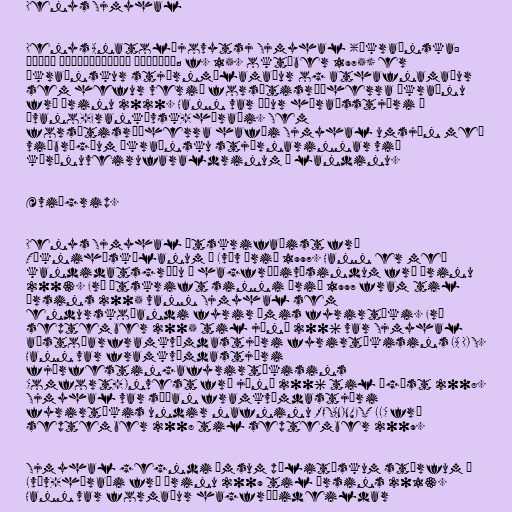
Denys Sjmyhal

Denys Anatolíjovytsj Sjmyhal (úkraínska:
Денис Анатолійович Шмигаль; f. 15. október 1975) er
úkraínskur stjórnmálamaður og athafnamaður
sem hefur verið forsætisráðherra Úkraínu
frá árinu 2020. Hann var áður héraðsstjóri í
Ívano-Frankívsk-héraði. Sem
forsætisráðherra hafði Sjmyhal umsjón með
viðbrögðum úkraínsku stjórnarinnar við
kórónuveirufaraldrinum í landinu.

Æviágrip.

Denys Sjmyhal útskrifaðist frá
Tækniháskólanum í Lvív árið 1997. Hann er með
kandidatsgráðu í hagfræðivísindum frá árinu
2003. Frá útskrift sinni árið 1997 fram til
ársins 2005 vann Sjmyhal sem
endurskoðandi fyrir ýmis fyrirtæki. Frá
september 2005 til júní 2006 var Sjmyhal
aðstoðarframkvæmdastjóri fyrirtækisins LA DIS.
Hann var framkvæmdastjóri
fjárfestingafyrirtækisins
Comfort-Invest frá júní 2006 til ágúst 2008.
Sjmyhal var síðan framkvæmdastjóri
fyrirtækis undir nafninu ROSANINVEST LLC frá
september 2008 til september 2009.

Sjmyhal gegndi ýmsum pólitískum störfum í
Lvív-héraði frá árinu 2009 til ársins 2013.
Hann var formaður hagfræðideildar